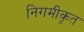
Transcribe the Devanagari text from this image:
निगमीकृत